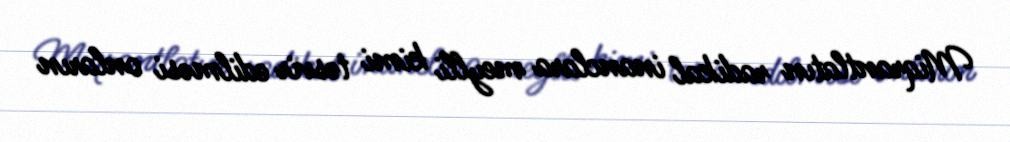
Miqrantlatın radikal inanclara meylli kimi təsvir edilməsi onların